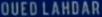
OUED LAHDAR